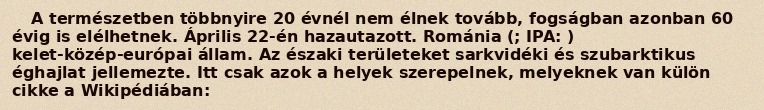
A természetben többnyire 20 évnél nem élnek tovább, fogságban azonban 60 évig is elélhetnek. Április 22-én hazautazott. Románia (; IPA: ) kelet-közép-európai állam. Az északi területeket sarkvidéki és szubarktikus éghajlat jellemezte. Itt csak azok a helyek szerepelnek, melyeknek van külön cikke a Wikipédiában: